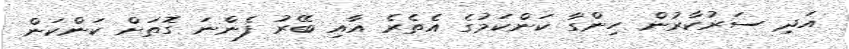
އަދި ސަރުކާރުން ހިންގާ ކަންކަމުގެ އެތެރެ އާއި ބޭރު ފެންނަ ގޮތަށް ކަންކަން